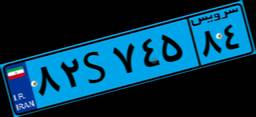
۴۲S۹۳۸۶۲